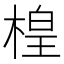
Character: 楻